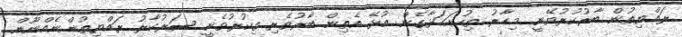
ރައްޔިތުން ބާރުކުރުވޭނީ. މިހާރު ތިހުށަހަޅާގެން އުޅޭ އެތިން ބާރުވެރި ތިކުރުވެނީ ސަރުކާރު ރައްޔިތުންނެެއްނޫން